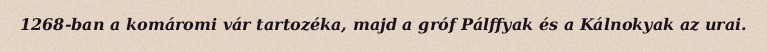
1268-ban a komáromi vár tartozéka, majd a gróf Pálffyak és a Kálnokyak az urai.